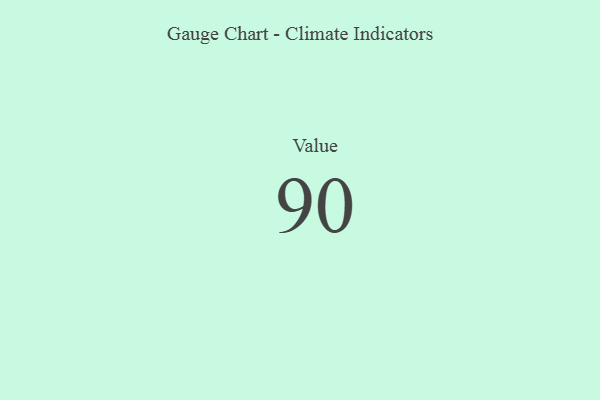
{"axis": {"x": "Metric", "y": "Value"}, "legend": [""], "data": [{"x": "Value", "y": 90, "type": ""}]}